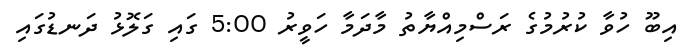
އިބޫ ހުވާ ކުރުމުގެ ރަސްމިއްޔާތު މާދަމާ ހަވީރު 5:00 ގައި ގަލޮޅު ދަނޑުގައި